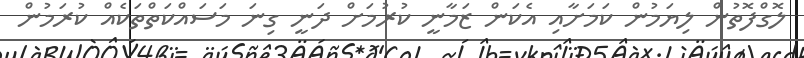
ލޮގްފޮތުން ލިޔަމުން ކަމަށާއި އެކަން ޒަމާނީ ކުރުމަށް ދަނީ ގިނަ މަސައްކަތްތަކެއް ކުރަމުން